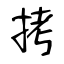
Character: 拷